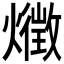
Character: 𤑈